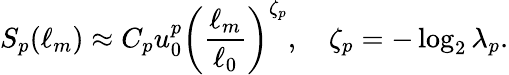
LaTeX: S_{p}(\ell_{m})\approx C_{p}u_{0}^{p}\left(\frac{\ell_{m}}{\ell_{0}}\right)^{\zeta_{p}},\quad\zeta_{p}=-\log_{2}\lambda_{p}.